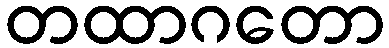
တထာဂတော